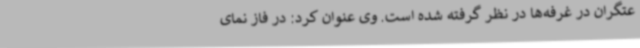
عتگران در غرفه‌ها در نظر گرفته شده است. وی عنوان کرد: در فاز نمای